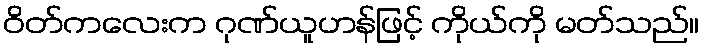
ဝိတ်ကလေးက ဂုဏ်ယူဟန်ဖြင့် ကိုယ်ကို မတ်သည်။